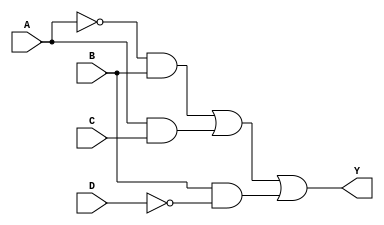
module sop_simplified (
    input wire A,  // Input variable A
    input wire B,  // Input variable B
    input wire C,  // Input variable C
    input wire D,  // Input variable D
    output wire Y  // Output variable Y
);

// Simplified SOP expression (example): Y = A'B + AC + BD'
// This expression is just an example; you should replace it with your own simplified expression.

wire A_not;  // NOT A
wire B_not;  // NOT B
wire C_not;  // NOT C
wire D_not;  // NOT D

// Generate NOT gates
not (A_not, A);
not (B_not, B);
not (C_not, C);
not (D_not, D);

// Generate AND gates for the product terms
wire term1;  // A'B
wire term2;  // AC
wire term3;  // BD'

and (term1, A_not, B);
and (term2, A, C);
and (term3, B, D_not);

// Generate OR gate for the final output
or (Y, term1, term2, term3);

endmodule